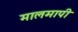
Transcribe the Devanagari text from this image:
मालमापी